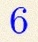
6